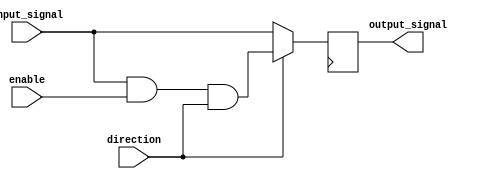
module IO_Schmitt_trigger
(
 input wire input_signal,
 input wire enable,
 input wire direction,
 output reg output_signal
);

wire schmitt_trigger_out;

/* Schmitt trigger circuit */
assign schmitt_trigger_out = (input_signal & enable & direction); 

/* Output buffer */
always @ (posedge clk) begin
 if(direction) begin // Output drive
  output_signal <= schmitt_trigger_out;
 end
 else begin // Input drive
  output_signal <= input_signal;
 end
end

endmodule